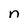
Character: n